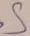
Text: S